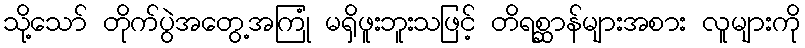
သို့သော် တိုက်ပွဲအတွေ့အကြုံ မရှိဖူးဘူးသဖြင့် တိရစ္ဆာန်များအစား လူများကို